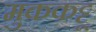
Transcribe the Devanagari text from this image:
मुककट्टू